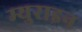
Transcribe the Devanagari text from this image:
म्युराइन